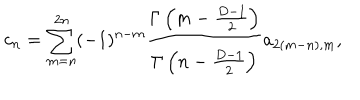
c _ { n } = \sum _ { m = n } ^ { 2 n } ( - 1 ) ^ { n - m } { \frac { \Gamma \left( m - { \frac { D - 1 } { 2 } } \right) } { \Gamma \left( n - { \frac { D - 1 } { 2 } } \right) } } a _ { 2 ( m - n ) , m } ,